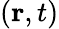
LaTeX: (\mathbf{r},t)